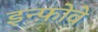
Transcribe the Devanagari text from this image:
इन्फ़ोवे